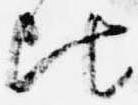
比